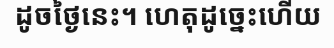
ដូចថ្ងៃនេះ។ ហេតុដូច្នេះហើយ